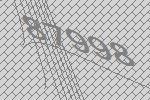
87998